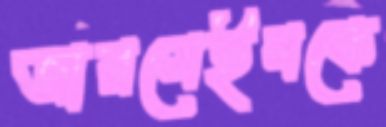
জারমেইনকে